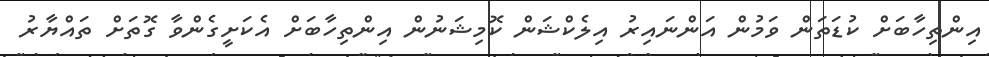
އިންތިހާބަށް ކުޑަތަން ވަމުން އަންނައިރު އިލެކްޝަން ކޮމިޝަނުން އިންތިހާބަށް އެކަށީގެންވާ ގޮތަށް ތައްޔާރު